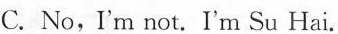
C.No,I'm not.I'm Su Hai.